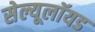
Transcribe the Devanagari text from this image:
सेल्यूलॉयड